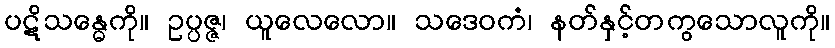
ပဋိသန္ဓေကို။ ဥပ္ပဇ္ဇ၊ ယူလေလော။ သဒေဝကံ၊ နတ်နှင့်တကွသောလူကို။